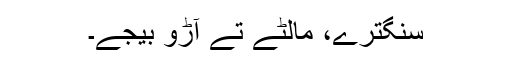
سنگترے، مالٹے تے آڑو بیجے۔